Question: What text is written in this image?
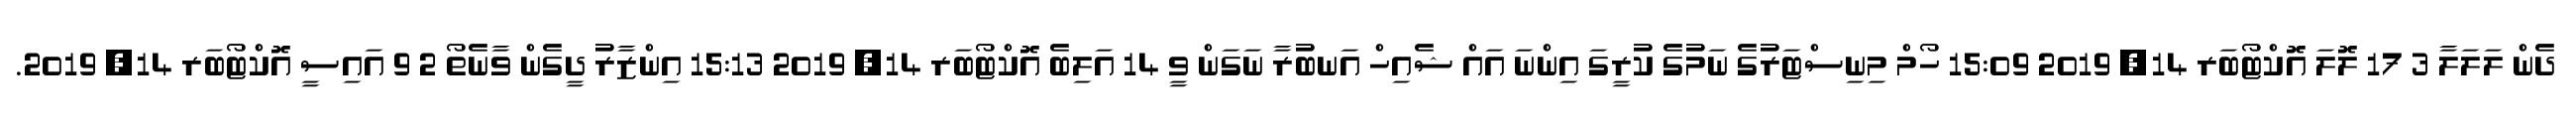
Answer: ދެން ލަލަލާ 3 17 ލޮލަ އޮކްޓޯބަރ 14, 2019 15:09 ހޯމް މިނިސްޓަރުގެ ނަމުގެ ކުރީގަ އިންނަ އައް ޝެއިހް އަނބުރާ ނަގަން ވީ 14 އަލިބެ އޮކްޓޯބަރ 14, 2019 15:13 އިންޒާރު ދީގެން ވާނެތޯ 2 9 އައިސީ އޮކްޓޯބަރ 14, 2019.